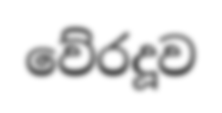
වේරදූව